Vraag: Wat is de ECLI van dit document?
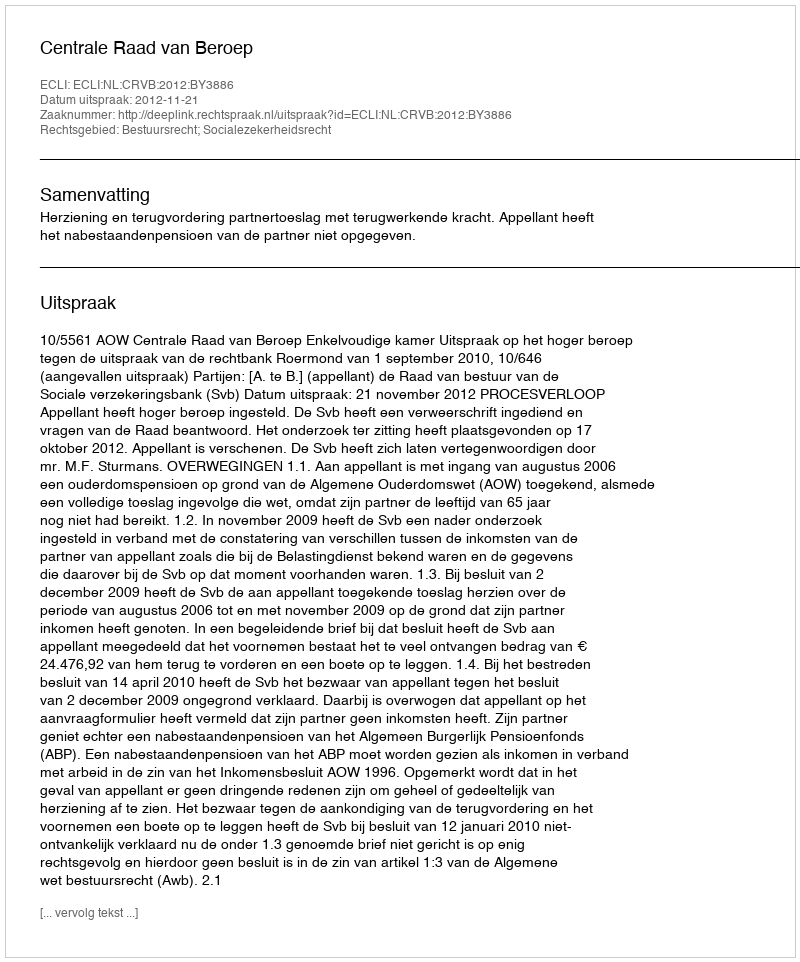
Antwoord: ECLI:NL:CRVB:2012:BY3886